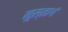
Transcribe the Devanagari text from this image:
मुस्तागं